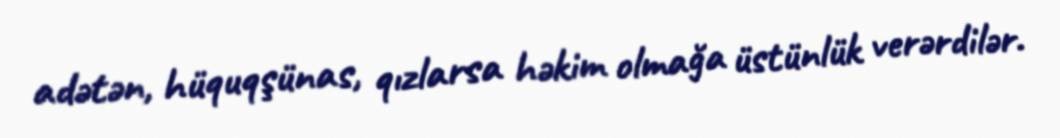
adətən, hüquqşünas, qızlarsa həkim olmağa üstünlük verərdilər.